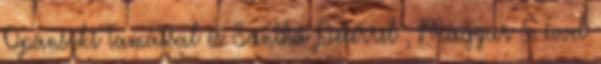
Opánszki Tamással és Sántha Péterrel , Magyar 5 évvel